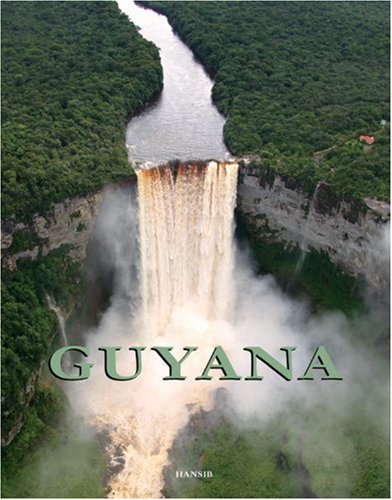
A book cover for Guyana; Travel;